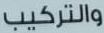
والتركيب